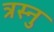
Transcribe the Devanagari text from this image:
त्रस्नु